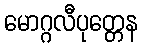
မောဂ္ဂလီပုတ္တေန